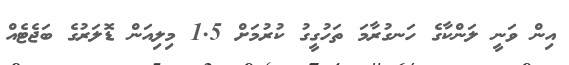
އިން ވަނީ ލަންކާގެ ހަނގުރާމަ ތަހުގީގު ކުރުމަށް 1.5 މިލިއަން ޑޮލަރުގެ ބަޖެޓެއް